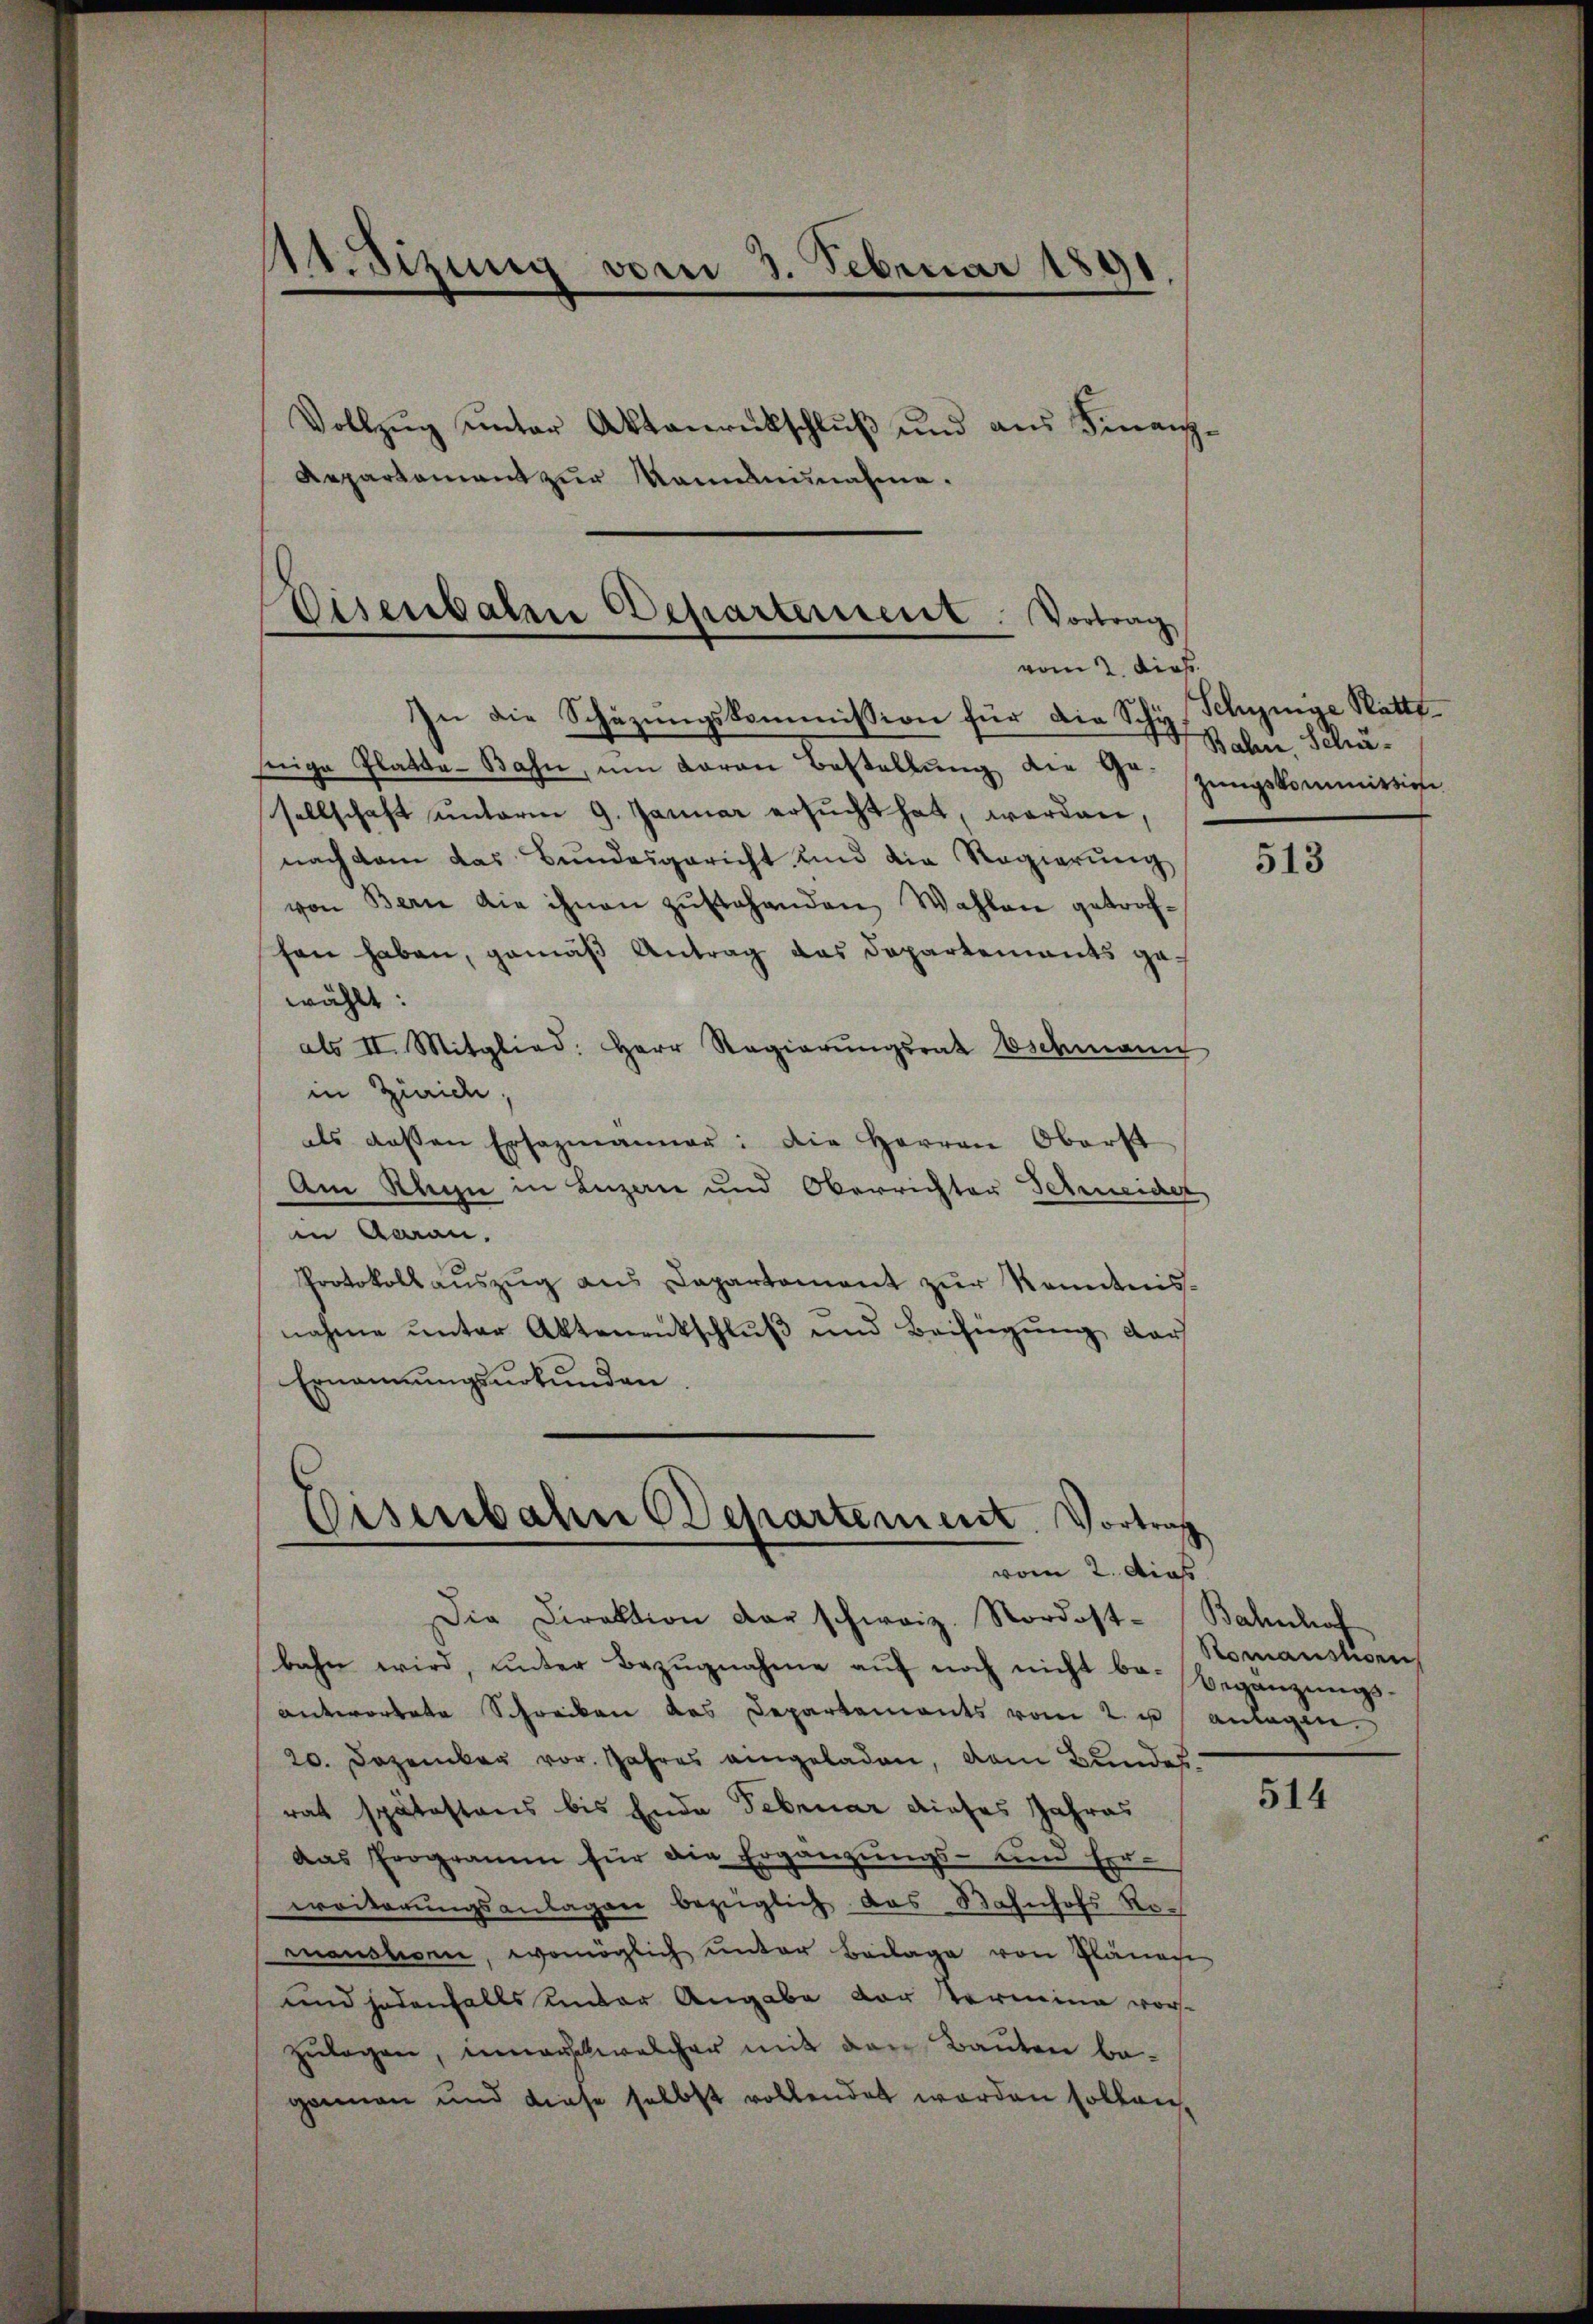
1dizung vom 3. Februar 1891.
Vollzŭg ŭnter Aktaŭrückschlŭβ ŭnd aŭs Finanz-
Repartament zur Mammannahme¬

Diserbalen Departement. Vortrag
vom 2. dies

In die Schüzungskommission für die Schy, Schynige Stattsinige Platte-Bahn, um daran Bestellung die Sr. stungskommissione
sellschaft unterm 9. Januar ersucht hat, worden,
nach dem das Bundesgericht und die Regierung
von Bern die ihnen zŭstehenden Wahlen getroffen haben, gemäß Antrag das Departements gewählt:
als II. Mitglied: Herr Regierŭngsrat Eschmann
in Zürich,
als dassen Ersazmanner: Die Herren Oberst
Am Ragn in Luzan und Oberrichter Schneider
in Garan.
Protokollaŭszŭg ans Capartament zŭr Kenntnis-
nahme ŭnter Aktenentschlŭβ und Beifügung der
Ernannungsurkunden.

Disenbahn Departement. Vortrag
vom 2. dies

Die Direktion der schweiz. Nordost-Bahnhof
bahn wird, ŭnter Bezŭgnahme aŭf noch nicht be- Begänzŭngs-
antwortete Schreiben das Departements vom 2. u. anlagen.
20. Dezember vor. Jahres eingeladen, dem Bundesrat spätestens bis Ende Februar dieses Jahres
das Programm für die Ergänzŭngs- und Er-
weiterŭngsanlagen bezüglich das Bahnhofs Ro-
manshorn, womöglich unter Beilage von Pläne
und jedenfalls unter Angabe vor Termina vor-
zutagen, inneretwelcher mit den Bauten begonnen und diese selbst vollendet worden sollen,

Bahn, Schä¬

513

Romanstigen

514